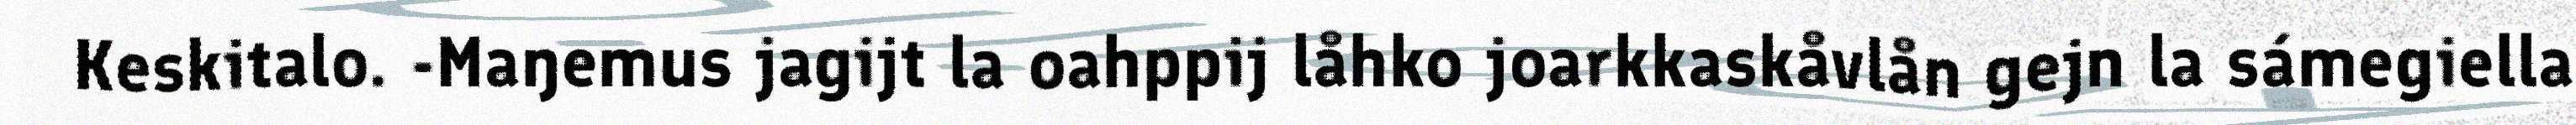
Keskitalo. -Maŋemus jagijt la oahppij låhko joarkkaskåvlån gejn la sámegiella